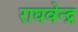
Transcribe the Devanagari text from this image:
राघवेन्‍द्र